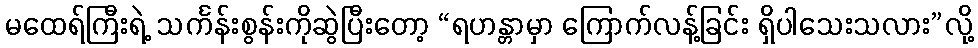
မထေရ်ကြီးရဲ့ သင်္ကန်းစွန်းကိုဆွဲပြီးတော့ “ရဟန္တာမှာ ကြောက်လန့်ခြင်း ရှိပါသေးသလား”လို့